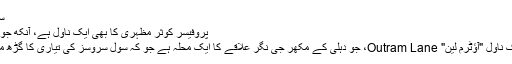
سلمان فیصل:
پروفیسر کوثر مظہری کا بھی ایک ناول ہے، آنکھ جو سوچتی ہے
نیلوفر کا ایک ناول "آؤٹرم لین" Outram Lane، جو دہلی کے مکھر جی نگر علاقے کا ایک محلہ ہے جو کہ سول سروسز کی تیاری کا گڑھ مانا جاتا ہے۔